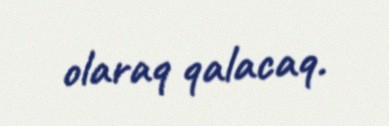
olaraq qalacaq.